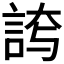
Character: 𮘊